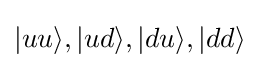
|uu\rangle ,|ud\rangle ,|du\rangle ,|dd\rangle